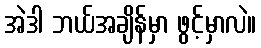
အဲဒါ ဘယ်အချိန်မှာ ဖွင့်မှာလဲ။